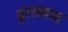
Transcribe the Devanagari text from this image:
दूरसंवाद